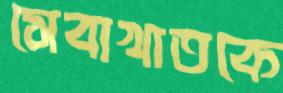
সেবাখাতকে